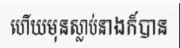
ហើយមុនស្លាប់នាងក៏បាន